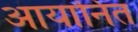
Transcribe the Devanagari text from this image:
आयानित